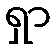
ရှာ